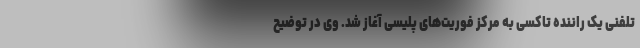
تلفنی یک راننده تاکسی به مرکز فوریت‌های پلیسی آغاز شد. وی در توضیح